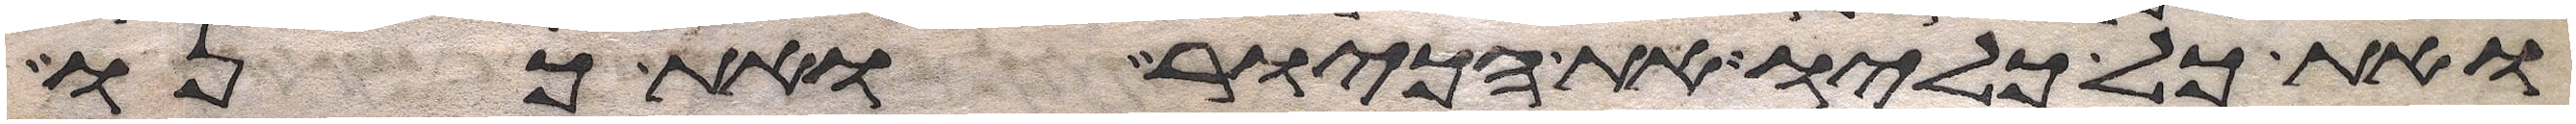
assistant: ואת כל כליו את הכיור ואת כנו